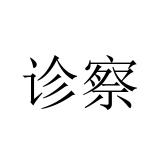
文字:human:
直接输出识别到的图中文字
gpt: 诊察